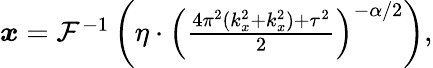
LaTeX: \begin{array}{r}{\boldsymbol{x}=\mathcal{F}^{-1}\left(\eta\cdot\left(\frac{4\pi^{2}(k_{x}^{2}+k_{x}^{2})+\tau^{2}}{2}\right)^{-\alpha/2}\right),}\end{array}